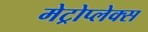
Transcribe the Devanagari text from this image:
मेट्रोप्लेक्स